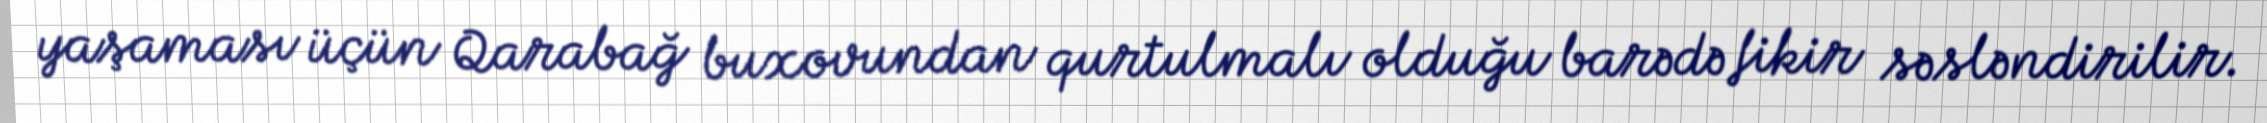
yaşaması üçün Qarabağ buxovundan qurtulmalı olduğu barədə fikir səsləndirilir.